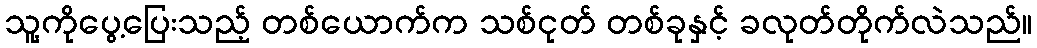
သူ့ကိုပွေ့ပြေးသည့် တစ်ယောက်က သစ်ငုတ် တစ်ခုနှင့် ခလုတ်တိုက်လဲသည်။